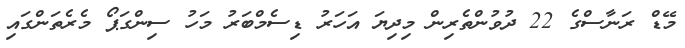
މޭޑް ރަނާސްގެ 22 ދުވުންތެރިން މިދިޔަ އަހަރު ޑިސެމްބަރު މަހު ސިންގަޕޯ މެރެތަންގައި